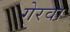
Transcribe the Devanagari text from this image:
गेरवा